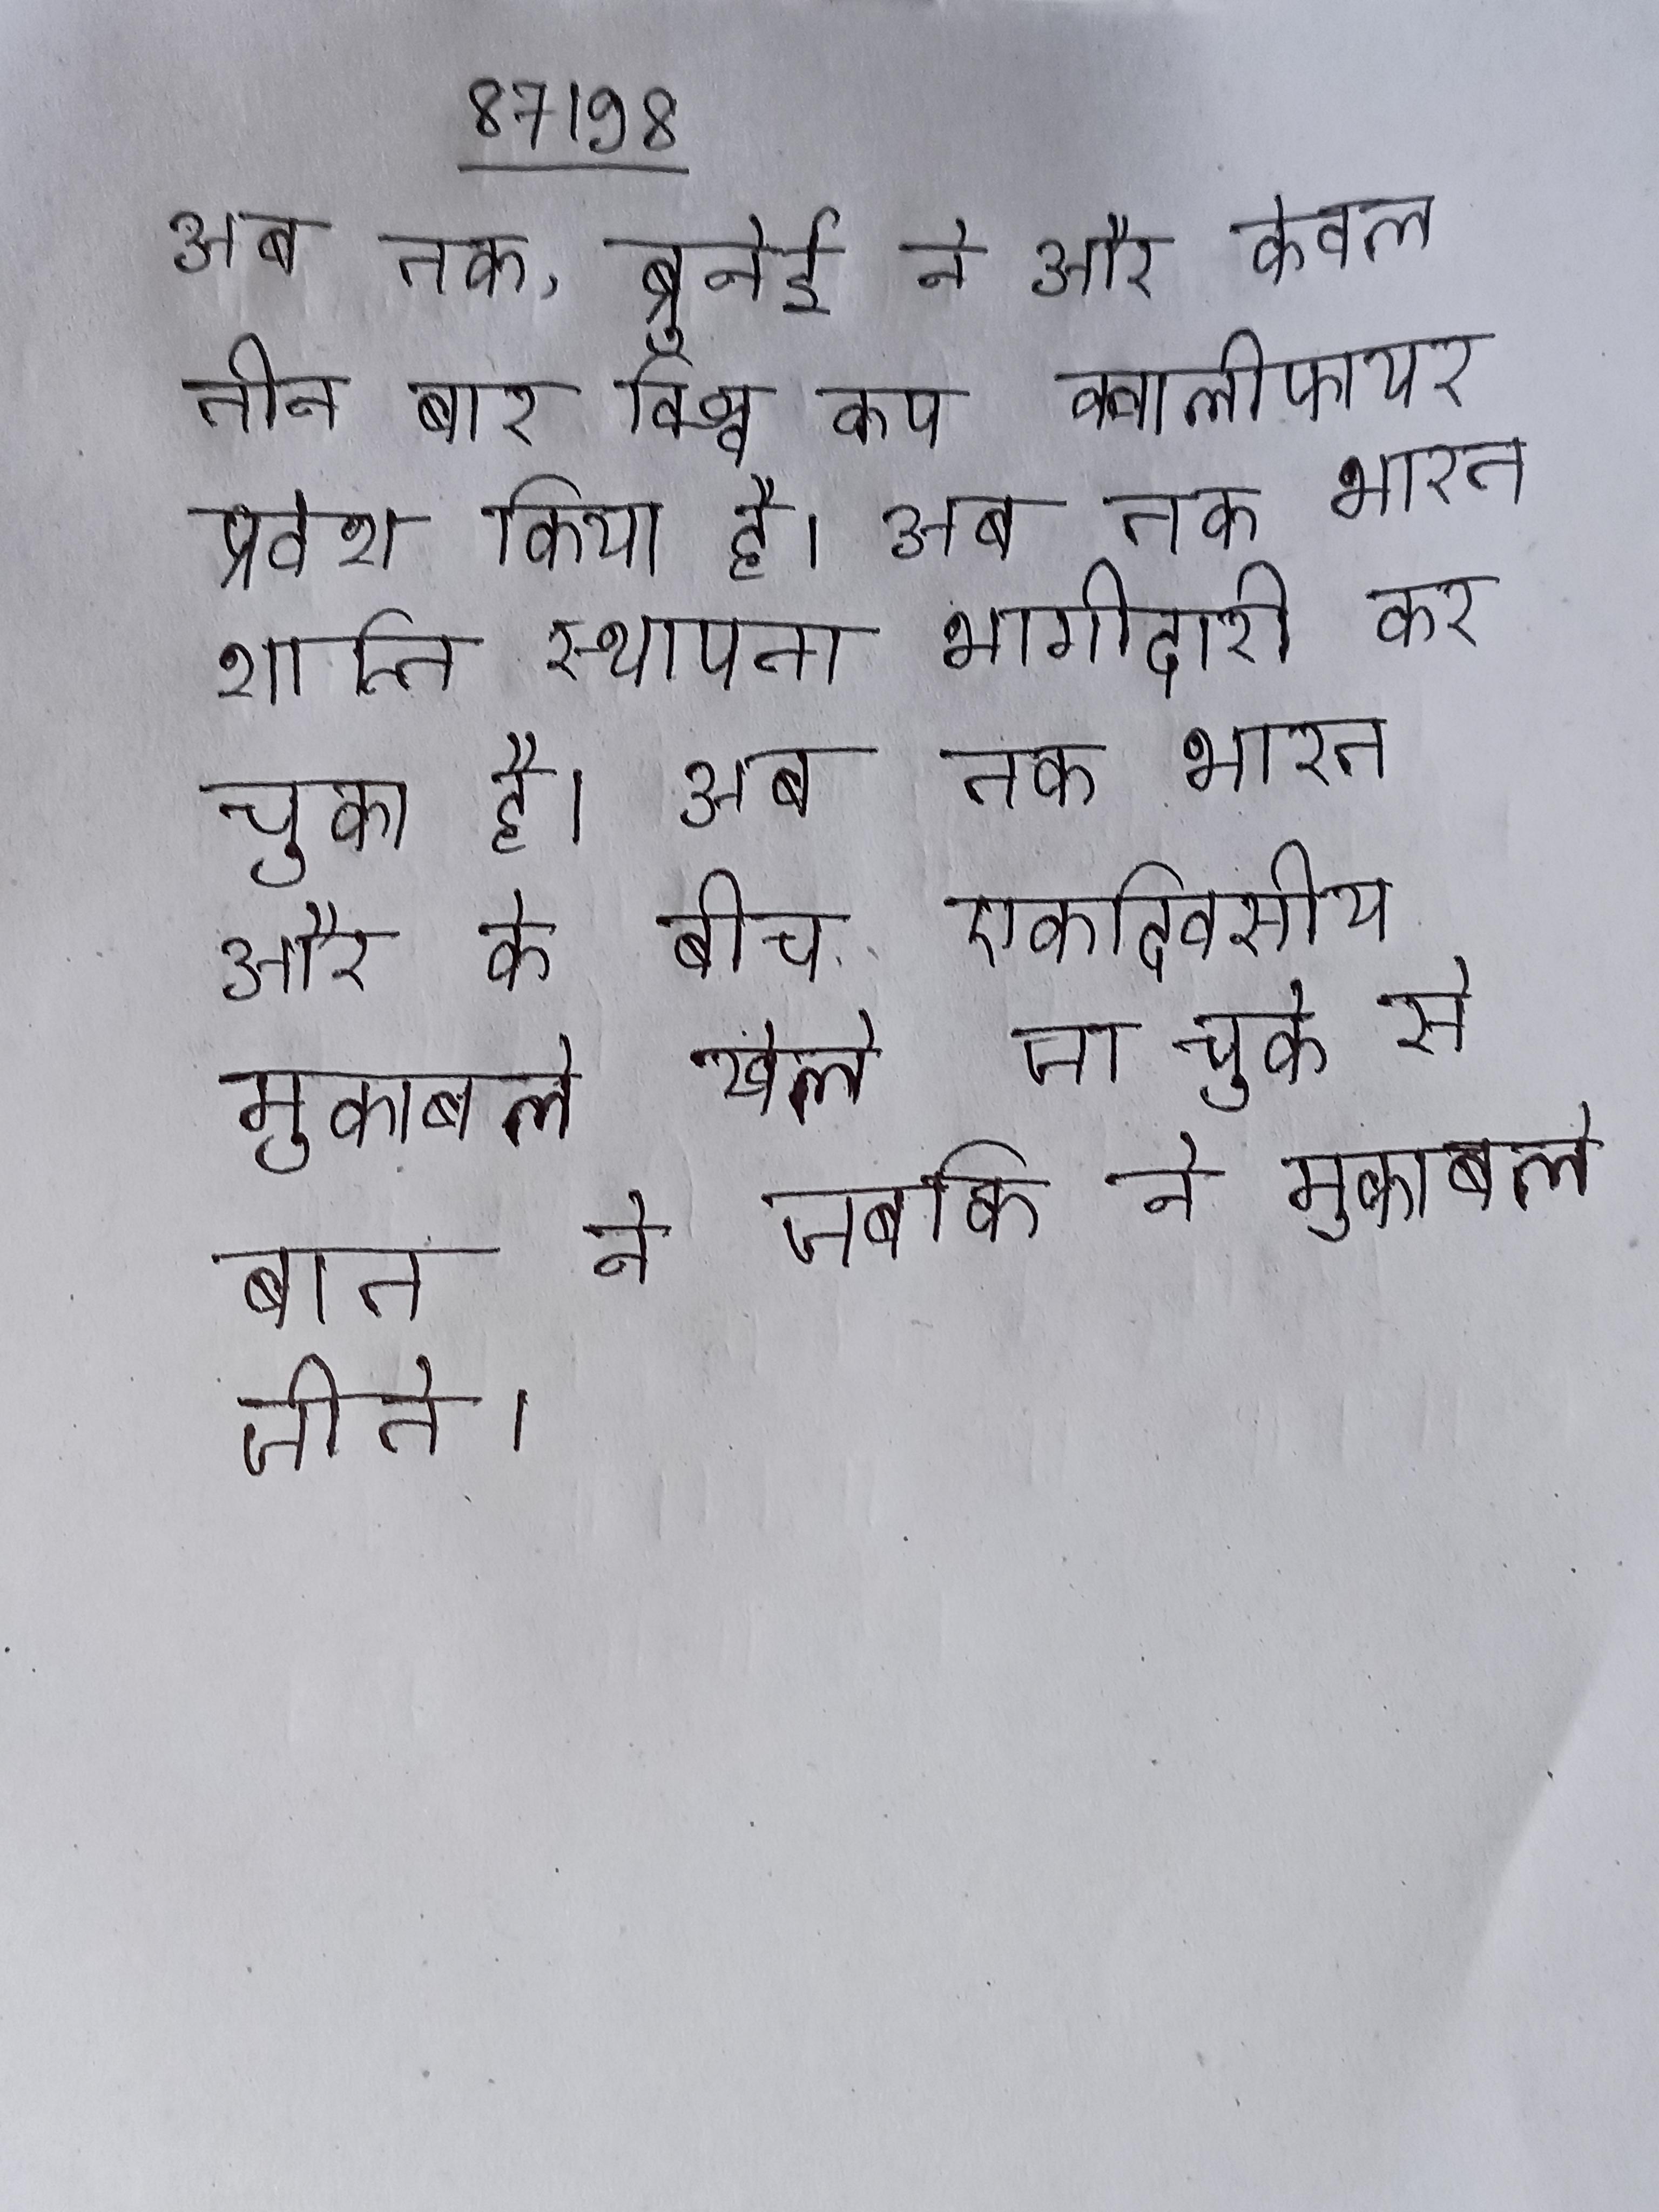
अब तक, ब्रुनेई ने और केवल तीन बार विश्व कप क्वालीफायर प्रवेश किया है । अब तक भारत शान्ति स्थापना भागीदारी कर चुका है । अब तक भारत और के बीच एकदिवसीय मुकाबले खेले जा चुके से बात ने जबकि ने मुकाबले जीते ।